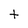
Character: t